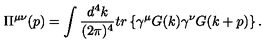
\Pi ^ { \mu \nu } ( p ) = \int \frac { d ^ { 4 } k } { ( 2 \pi ) ^ { 4 } } t r \left\{ \gamma ^ { \mu } G ( k ) \gamma ^ { \nu } G ( k + p ) \right\} .